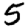
Digit: 5